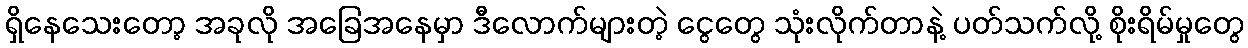
ရှိနေသေးတော့ အခုလို အခြေအနေမှာ ဒီလောက်များတဲ့ ငွေတွေ သုံးလိုက်တာနဲ့ ပတ်သက်လို့ စိုးရိမ်မှုတွေ